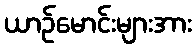
ယာဉ်မောင်းများအား